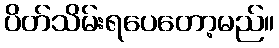
ပိတ်သိမ်းရပေတော့မည်။